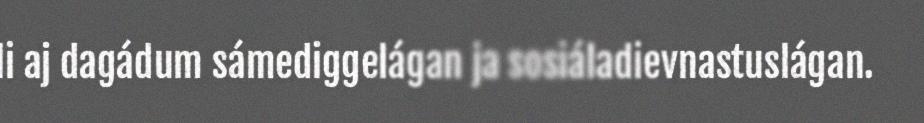
li aj dagádum sámediggelágan ja sosiáladievnastuslágan.